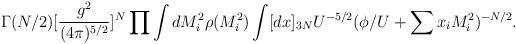
LaTeX: \begin{align*}\Gamma(N/2)[\frac{g^2}{(4\pi )^{5/2}}]^N \prod \int dM_i^2 \rho (M_i^2)\int [dx]_{3N}U^{-5/2}(\phi/U+\sum x_iM^2_i)^{-N/2}.\end{align*}